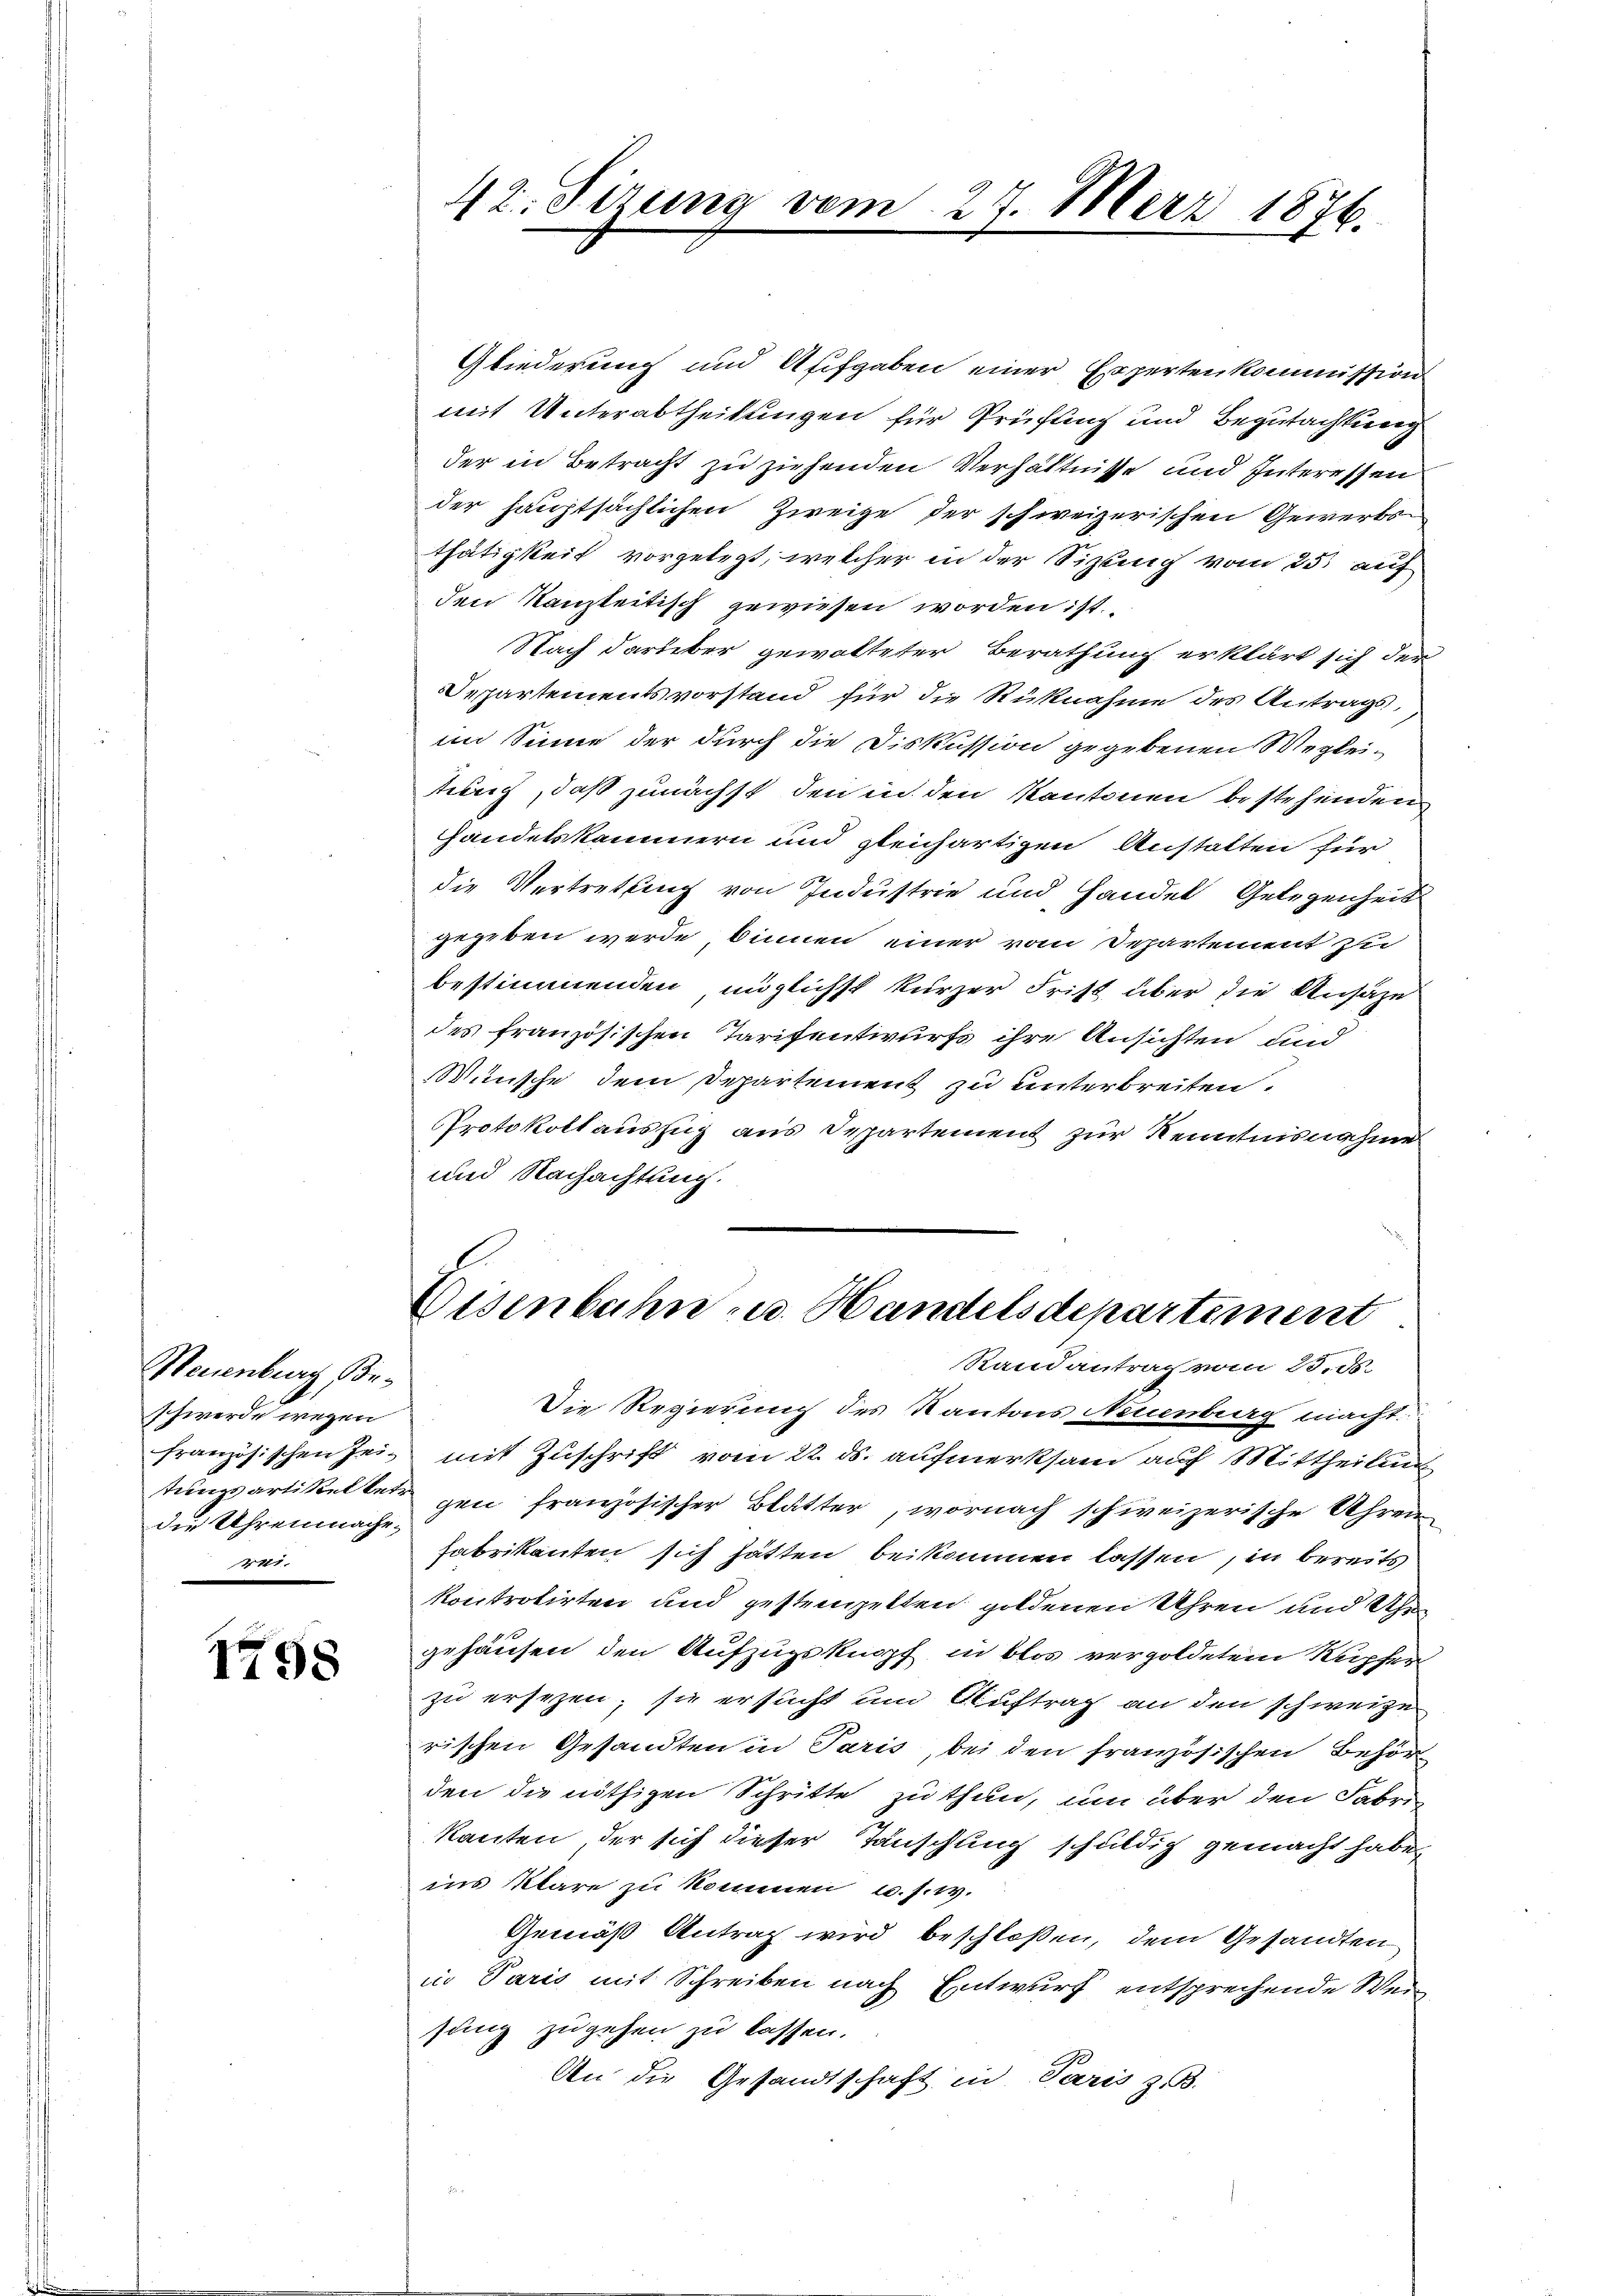
Neuenburg, Beschwerde wegen
die Uhrenmache.
441.

1798

42. Sizung vom 27. März 1876.

Gliederung und Aufgaben einer Erperten kommission
mit Unterabtheilungen für Prüfung und Begutachtung
der in Betracht zu ziehenden Verhältnisse und Interessen
der hauptsächlichen Zweige der schweizerischen Gewerksthätigkeit vorgelegt, welcher in der Sitzung vom 25. auf
den Kanzleitisch gewiesen worden ist.
Nach darüber gewalteter Berathung erklärt sich der
Departementsvorstand für die Rücknahme des Antrags,
im Sinne der durch die Diskussion gegebenen Wegleihung, daß zunächst den in den Kantonen bestehenden
handelskammern und gleichartigen Anstalten für
die Vertrettung von Industrie und Handel Gelegenheit
gegeben werde, binnen einer vom Departement zu
bestimmenden möglichst kurzer Frist über die Ansäze
des französischen Tarifentwurfs ihre Ansichten und
Wünsche dem Departement zu unterbreiten.
Protokoll auszug aus Departement zur Kenntnisnahme
und Nachachtung.

Eisenbahn u. Handelsdepartement

Randantrag vom 23. ds.
Die Regierung des Kantons Neuenburg macht:
französischen Zei- mit Zuschrift vom 22. ds. aufmerksam auf Mittheilung
tungsartikeltet gen französischer Blätter, wornach schweizerische Uhren
fabrikanten sich hätten beikommen lassen, in bereits
kontrotirten und gestempelten goldenen Uhren und Uhr
gehäusen den Aufzugsknopf in blos vergoldetem Rupfer
zu ersezen; sie ersucht um Auftrag an den schweize
rischen Gesandten in Paris, bei den französischen Behörden die nöthigen Schritte zu thun, um über den Fabrikanten, der sich dieser Tauschung schuldig gemacht habe.
ins klare zu kommen u.s.w.
Gemäß Antrag wird beschloßen, dem Gesandten
in Paris mit Schreiben nach Entwurf entsprechende Weisung zugehen zu lassen.
An die Gesandtschaft in Paris z. B.